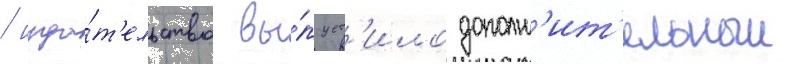
/ изда́т'ельство вы́пуст'ило дополн'ит'ельныи